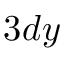
3 d y